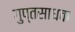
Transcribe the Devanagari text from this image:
गुप्तसाधक